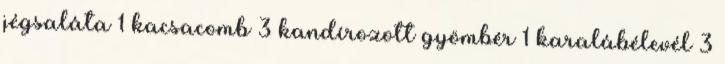
jégsaláta 1 kacsacomb 3 kandírozott gyömbér 1 karalábélevél 3